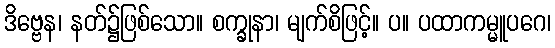
ဒိဗ္ဗေန၊ နတ်၌ဖြစ်သော။ စက္ခုနာ၊ မျက်စိဖြင့်။ ပ။ ပထာကမ္မူပဂေ၊